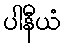
ပါနီယံ